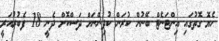
ހެޔޮ ގޮތުގައި އިންޓަނެޓް ބޭނުން ކުރަން ކުދިންނަށް ދަސްކޮށް ދެނީ 18 ފެބުރުއަރީ